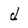
Character: d